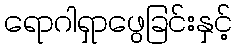
ရောဂါရှာဖွေခြင်းနှင့်